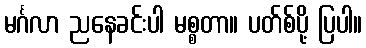
မင်္ဂလာ ညနေခင်းပါ မစ္စတာ။ ပတ်စ်ပို့ ပြပါ။